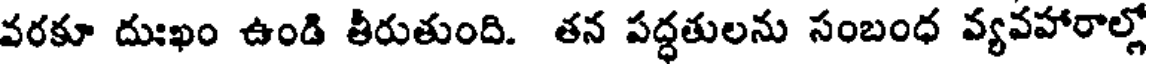
వరకూ దుఃఖం ఉండి తీరుతుంది. తన పద్ధతులను సంబంధ వ్యవహారాల్లో